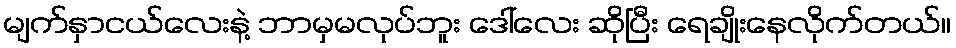
မျက်နှာငယ်လေးနဲ့ ဘာမှမလုပ်ဘူး ဒေါ်လေး ဆိုပြီး ရေချိုးနေလိုက်တယ်။